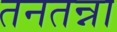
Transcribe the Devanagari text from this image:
तनतन्ना